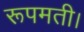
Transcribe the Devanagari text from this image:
रूपमती।